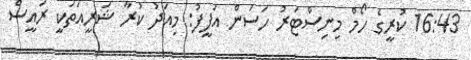
16:43 ކުރީގެ ހޯމް މިނިސްޓަރު ހަސަން އަފީފު: މިއަދު ކުރާ ޝަރީއަތަކީ ރައީސް